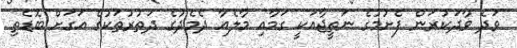
ވަދެ ވާދަކުރަން ފެށުމުގެ ނަތީޖާއަކީ ގަމާއި މާލެއާ ދެމެދުގެ ދަތުރުތަކުގެ އަގަށް ބޮޑެތި